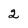
Character: 2